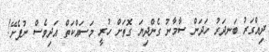
ދިއްގަރު ބަނދަރު ހަދަން ސާމާނު ގެންދިޔަ ގޮތަށް ހުރީ މަސައްކަތް އަދިވެސް ނުފެށޭ!